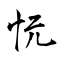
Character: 忨